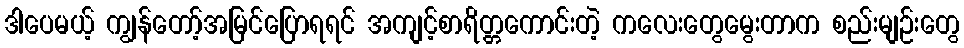
ဒါပေမယ့် ကျွန်တော့်အမြင်ပြောရရင် အကျင့်စာရိတ္တကောင်းတဲ့ ကလေးတွေမွေးတာက စည်းမျဉ်းတွေ